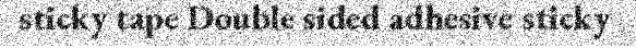
sticky tape Double sided adhesive sticky